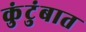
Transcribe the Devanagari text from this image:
कुंटुंबात